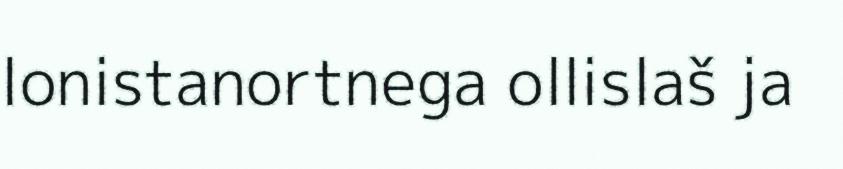
lonistanortnega ollislaš ja